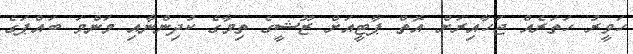
ހަވީރު ހަތަރެއް ޖަހާއިރަށް އޮތް ޕާޓީއަށް ޒޫޝީގެ ތިމާގެ ކުދިންނާއި މަންމަ ބައްޕަގެ